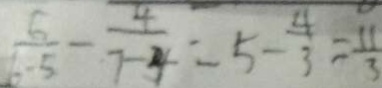
\frac { 6 } { 6 - 5 } - \frac { 4 } { 7 - 4 } = 5 - \frac { 4 } { 3 } = \frac { 1 1 } { 3 }